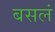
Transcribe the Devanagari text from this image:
बसलं